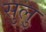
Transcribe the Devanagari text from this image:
सुलु